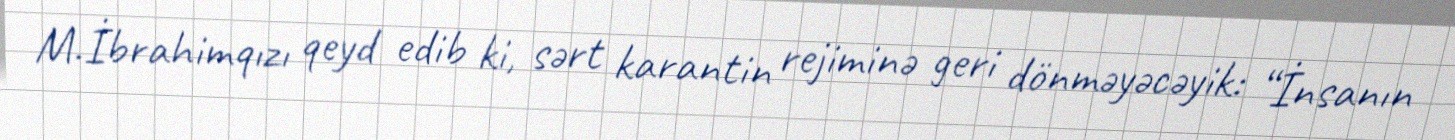
M.İbrahimqızı qeyd edib ki, sərt karantin rejiminə geri dönməyəcəyik: “İnsanın